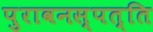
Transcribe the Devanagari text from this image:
पुरावनस्पत्ति